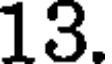
13.